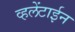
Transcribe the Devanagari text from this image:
व्हलेंटाईन